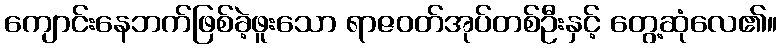
ကျောင်းနေဘက်ဖြစ်ခဲ့ဖူးသော ရာဇဝတ်အုပ်တစ်ဦးနှင့် တွေ့ဆုံလေ၏။